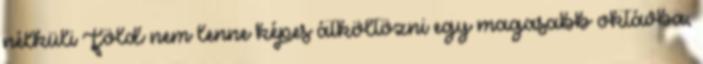
nélküli Föld nem lenne képes átköltözni egy magasabb oktávba,